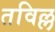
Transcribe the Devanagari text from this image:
तविल्ल